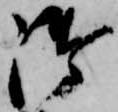
御